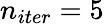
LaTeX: n_{iter}=5